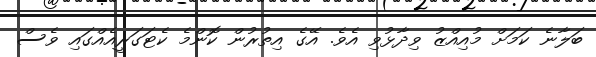
ބަލާނެ ކަމަށް މުއިއްޒު ވިދާޅުވި އެވެ. އޭގެ އިތުރުން ކޮންމެ ކެޓަގަރީއެއްގައި ވެސް